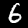
Label: 6